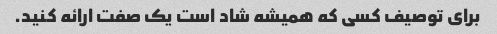
برای توصیف کسی که همیشه شاد است یک صفت ارائه کنید.